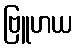
ဗြူဟယ